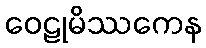
ဝေဠုမိဿကေန